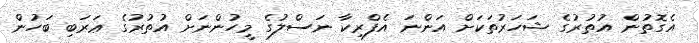
އެގޮތުން އުތުރުގެ ޝަހަރުތަކަށް އަންނަ އެފްރިކާ ނަސްލުގެ މީހުންނަށް އުތުރުގެ ޢަރަބި ބަހުން